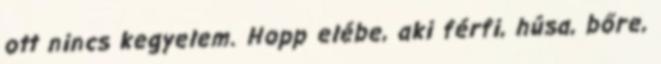
ott nincs kegyelem. Hopp elébe, aki férfi, húsa, bőre,